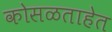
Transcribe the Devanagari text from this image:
कोसळताहेत